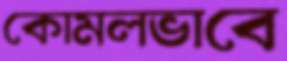
কোমলভাবে